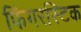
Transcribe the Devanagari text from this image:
फिंगरस्टिक